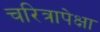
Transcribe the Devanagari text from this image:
चरित्रापेक्षा